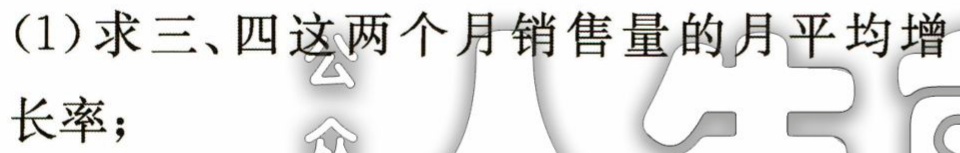
(1)求三、四这两个月销售量的月平均增长率；